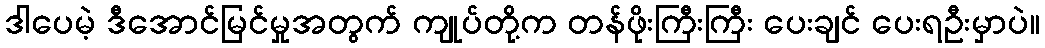
ဒါပေမဲ့ ဒီအောင်မြင်မှုအတွက် ကျုပ်တို့က တန်ဖိုးကြီးကြီး ပေးချင် ပေးရဦးမှာပဲ။